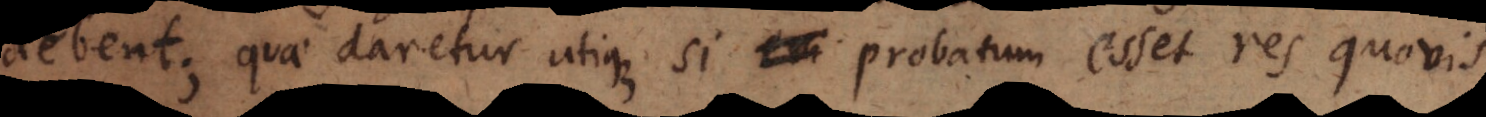
debent; quae daretur utique si evi probatum esset res quovis